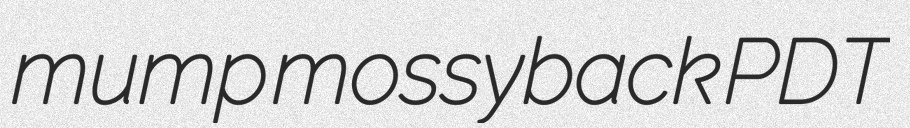
mump mossyback PDT